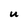
Character: U